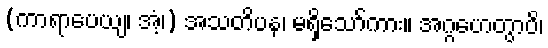
(ကာရာပေယျ၊ အံ့၊) အသတိပန၊ မရှိသော်ကား။ အဂ္ဂဟေတွာပိ၊